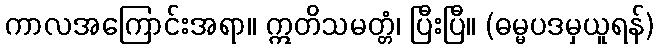
ကာလအကြောင်းအရာ။ ဣတိသမတ္တံ၊ ပြီးပြီ။ (ဓမ္မပဒမှယူရန်)